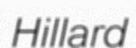
Hillard